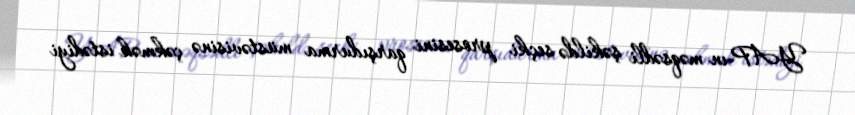
YAP-ın məqsədli şəkildə seçki prosesini qarşıdurma müstəvisinə çəkmək istədiyi